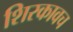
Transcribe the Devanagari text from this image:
शिरकावच